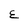
Character: E